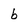
Character: b